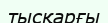
тысқарғы